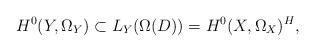
LaTeX: \begin{align*}H^0(Y,\Omega_Y) \subset L_Y(\Omega(D)) =H^0(X,\Omega_X)^H,\end{align*}